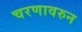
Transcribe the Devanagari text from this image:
चरणावरुन